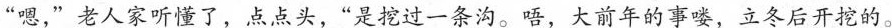
“嗯，“老人家听懂了，点点头，“是挖过一条沟。唔，大前年的事喽，立冬后开挖的。